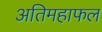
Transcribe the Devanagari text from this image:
अतिमहाफल